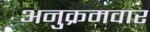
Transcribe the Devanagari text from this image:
अनुक्रमवार